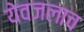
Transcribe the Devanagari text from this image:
येवजलाच